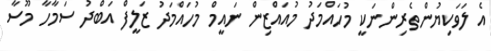
އެ ލަވަކިޔުންތެރިންނަކީ މުހައްމަދު މުއައްޒިން ނައީމް މުހައްމަދު ޒަލީފް އަބްދު ސަމާހާ މޫސާ